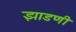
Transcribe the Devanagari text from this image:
झाडणी